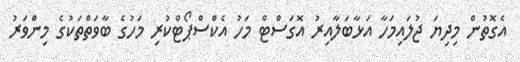
އެގޮތުން މިދިޔަ ޖުލައިމަހާ އަޅާބަލާއިރު އޮގަސްޓް މަހު އެކްސްޕޯޓްކުރި މަހުގެ ބާވަތްތަކުގެ މިންވަރު